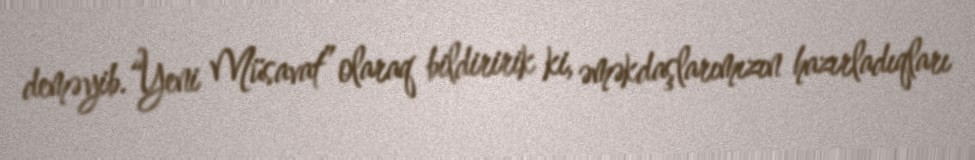
deməyib.“Yeni Müsavat” olaraq bildiririk ki, əməkdaşlarımızın hazırladıqları